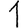
Digit: 1